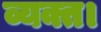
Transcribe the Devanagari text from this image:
व्यक्त।